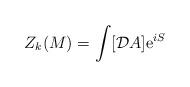
LaTeX: \begin{align*}Z_k(M)= \int [{\cal D} A] {\rm e}^{iS}\end{align*}